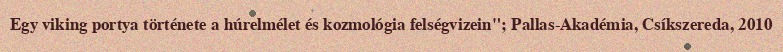
Egy viking portya története a húrelmélet és kozmológia felségvizein"; Pallas-Akadémia, Csíkszereda, 2010